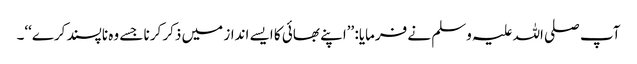
آپ صلی اللہ علیہ وسلم نے فرمایا: ’’اپنے بھائی کا ایسے انداز میں ذکر کرنا جسے وہ ناپسند کرے‘‘۔